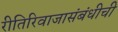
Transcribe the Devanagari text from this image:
रीतिरिवाजासंबंधीची